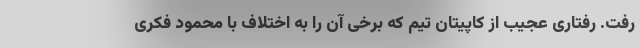
رفت. رفتاری عجیب از کاپیتان تیم که برخی آن را به اختلاف با محمود فکری